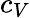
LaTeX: c_{V}